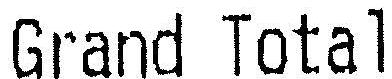
GRAND TOTAL